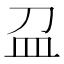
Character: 𥁀